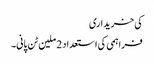
کی خریداری
فراہمی کی استعداد 2 ملین ٹن پانی۔